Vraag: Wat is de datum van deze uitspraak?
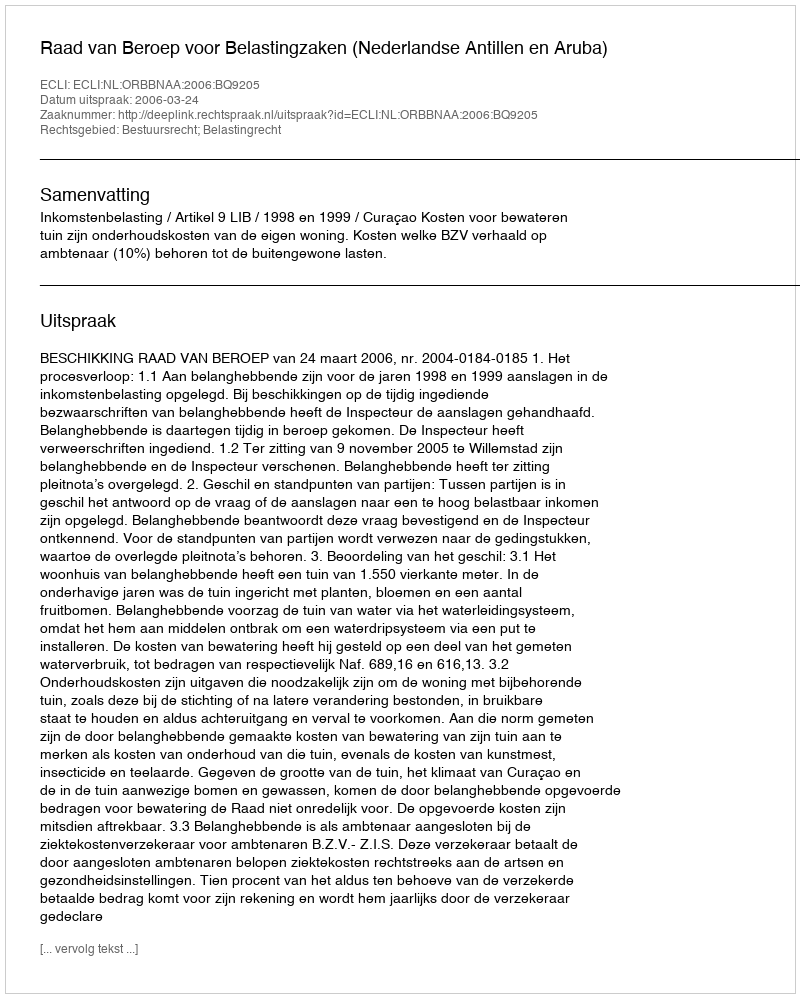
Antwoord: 2006-03-24